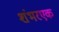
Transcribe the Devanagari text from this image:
शंभरएक